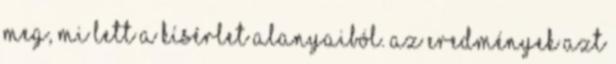
meg, mi lett a kísérlet alanyaiból. Az eredmények azt